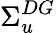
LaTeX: \Sigma_{u}^{DG}